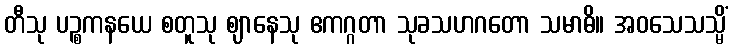
တီသု ပဉ္စကနယေ စတူသု ဈာနေသု ဧကဂ္ဂတာ သုခသဟဂတော သမာဓိ။ အဝသေသသ္မိံ